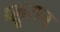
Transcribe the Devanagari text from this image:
प्लूरान